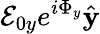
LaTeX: \mathcal{E}_{0y}e^{i\Phi_{y}}\hat{\mathbf{y}}